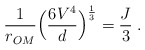
\begin{align*}\frac{1}{r_{OM}}\Big(\frac{6V^4}{d}\Big)^{\frac{1}{3}} = \frac{J}{3} \; .\end{align*}